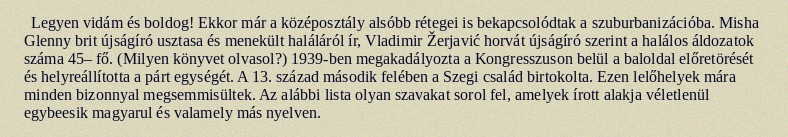
Legyen vidám és boldog! Ekkor már a középosztály alsóbb rétegei is bekapcsolódtak a szuburbanizációba. Misha Glenny brit újságíró usztasa és menekült haláláról ír, Vladimir Žerjavić horvát újságíró szerint a halálos áldozatok száma 45– fő. (Milyen könyvet olvasol?) 1939-ben megakadályozta a Kongresszuson belül a baloldal előretörését és helyreállította a párt egységét. A 13. század második felében a Szegi család birtokolta. Ezen lelőhelyek mára minden bizonnyal megsemmisültek. Az alábbi lista olyan szavakat sorol fel, amelyek írott alakja véletlenül egybeesik magyarul és valamely más nyelven.